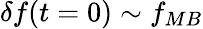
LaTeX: \delta f(t=0)\sim f_{MB}